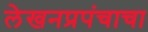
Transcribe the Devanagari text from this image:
लेखनप्रपंचाचा